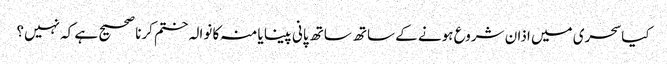
کیاسحری میں اذان شروع ہونے کے ساتھ ساتھ پانی پینا یا منہ کا نوالہ ختم کرنا صحیح ہے کہ نہیں؟